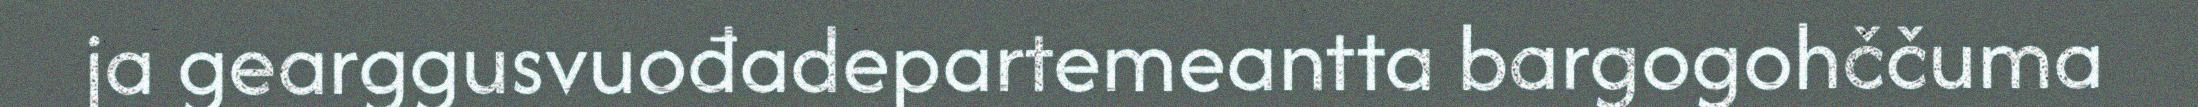
ja gearggusvuođadepartemeantta bargogohččuma